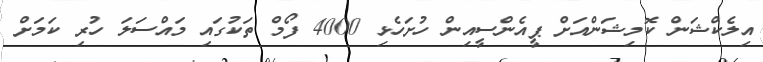
އިލެކްޝަން ކޮމިޝަންއަށް ޕީއެންސީއިން ހުށަހެޅި 4000 ފޯމް ތަކުގައި މައްސަލަ ހުރި ކަމަށް